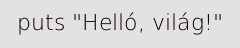
puts "Helló, világ!"